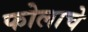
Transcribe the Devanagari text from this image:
फोलाचे